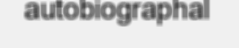
autobiographal